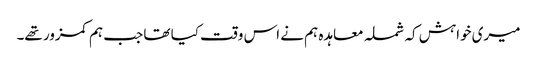
میری خواہش کہ شملہ معاہدہ ہم نے اس وقت کیا تھا جب ہم کمزور تھے۔